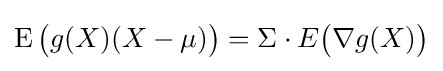
\operatorname {E} {\bigl (}g(X)(X-\mu ){\bigr )}=\Sigma \cdot E{\bigl (}\nabla g(X){\bigr )}